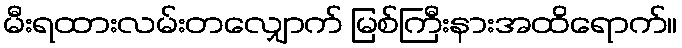
မီးရထားလမ်းတလျှောက် မြစ်ကြီးနားအထိရောက်။